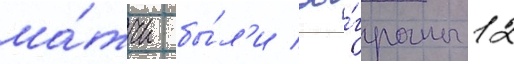
ма́тчи бы́л'и сы́граны 12